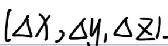
$\{\Delta X,\Delta Y,\Delta Z\}$